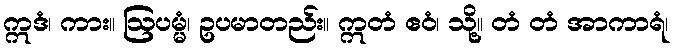
ဣဒံ၊ ကား။ ဩပမ္မံ၊ ဥပမာတည်း။ ဣတံ ဧဝံ၊ သို့။ တံ တံ အာကာရံ၊